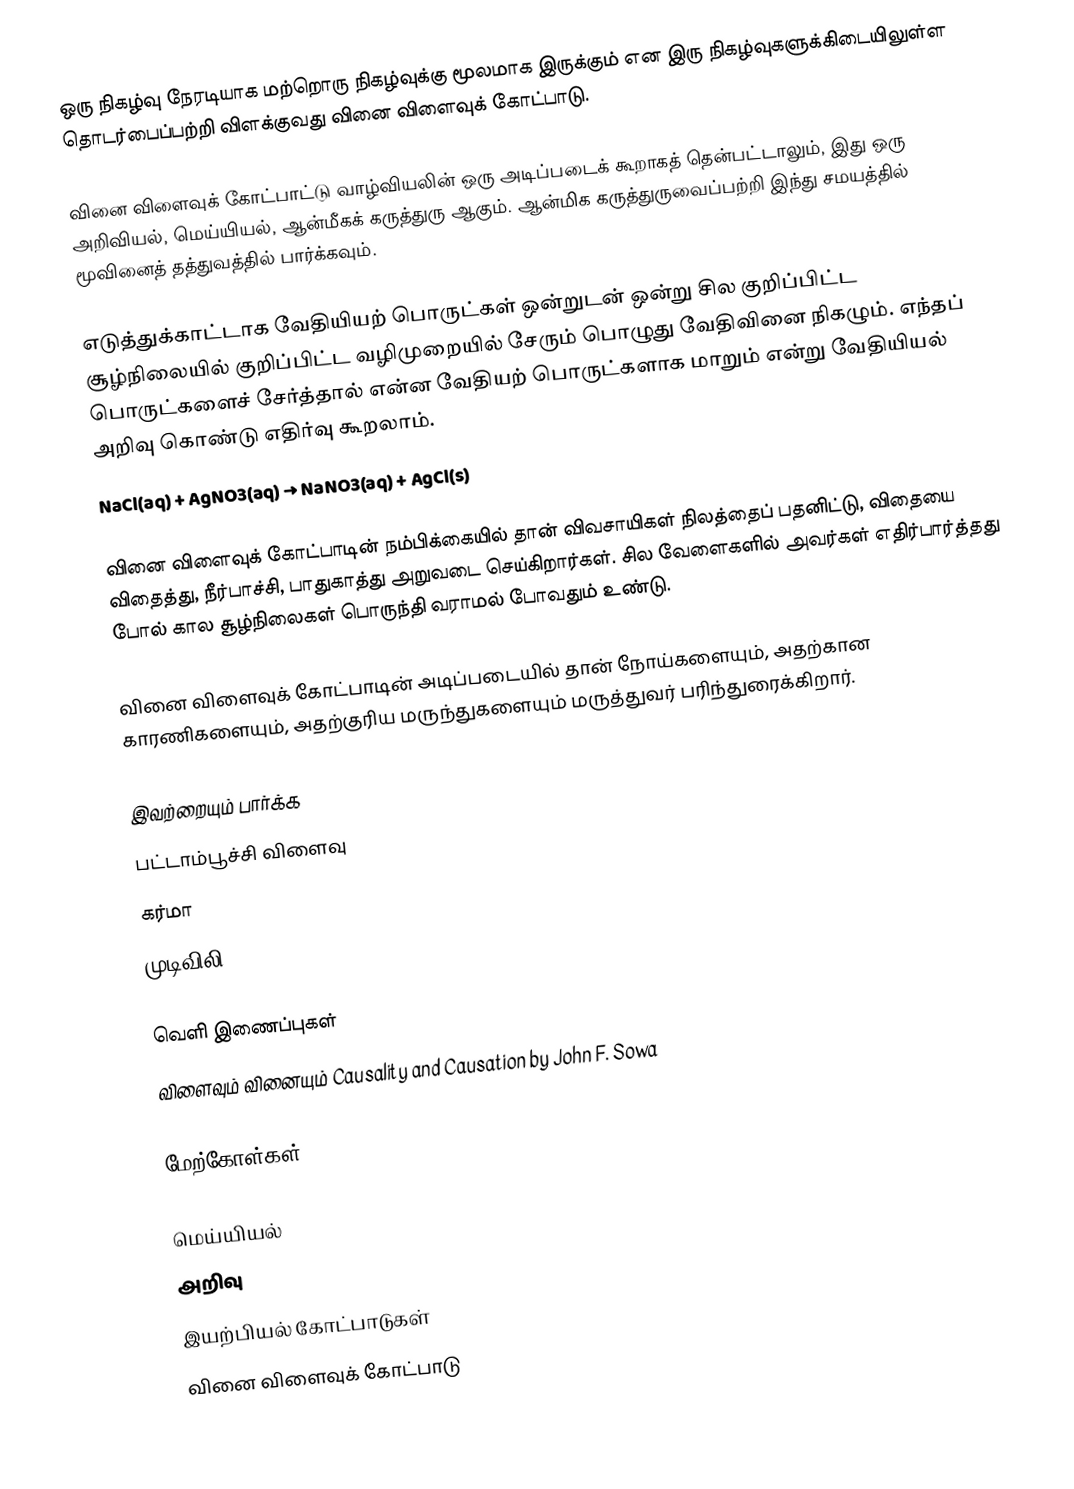
ஒரு நிகழ்வு நேரடியாக மற்றொரு நிகழ்வுக்கு மூலமாக இருக்கும் என இரு நிகழ்வுகளுக்கிடையிலுள்ள தொடர்பைப்பற்றி விளக்குவது வினை விளைவுக் கோட்பாடு.

வினை விளைவுக் கோட்பாட்டு வாழ்வியலின் ஒரு அடிப்படைக் கூறாகத் தென்பட்டாலும், இது ஒரு  அறிவியல், மெய்யியல், ஆன்மீகக் கருத்துரு ஆகும். ஆன்மிக கருத்துருவைப்பற்றி இந்து சமயத்தில் மூவினைத் தத்துவத்தில் பார்க்கவும்.

எடுத்துக்காட்டாக வேதியியற் பொருட்கள் ஒன்றுடன் ஒன்று சில குறிப்பிட்ட சூழ்நிலையில் குறிப்பிட்ட வழிமுறையில் சேரும் பொழுது வேதிவினை நிகழும். எந்தப் பொருட்களைச் சேர்த்தால் என்ன வேதியற் பொருட்களாக மாறும் என்று வேதியியல் அறிவு கொண்டு எதிர்வு கூறலாம்.
NaCl(aq) + AgNO3(aq) → NaNO3(aq) + AgCl(s)

வினை விளைவுக் கோட்பாடின் நம்பிக்கையில் தான் விவசாயிகள் நிலத்தைப் பதனிட்டு, விதையை விதைத்து, நீர்பாச்சி, பாதுகாத்து அறுவடை செய்கிறார்கள். சில வேளைகளில் அவர்கள் எதிர்பார்த்தது போல் கால சூழ்நிலைகள் பொருந்தி வராமல் போவதும் உண்டு.

வினை விளைவுக் கோட்பாடின் அடிப்படையில் தான் நோய்களையும், அதற்கான காரணிகளையும், அதற்குரிய மருந்துகளையும் மருத்துவர் பரிந்துரைக்கிறார்.

இவற்றையும் பார்க்க
 பட்டாம்பூச்சி விளைவு
 கர்மா
 முடிவிலி

வெளி இணைப்புகள்
 விளைவும் வினையும்   Causality and Causation by John F. Sowa

மேற்கோள்கள்

மெய்யியல்
அறிவு
இயற்பியல் கோட்பாடுகள்
வினை விளைவுக் கோட்பாடு